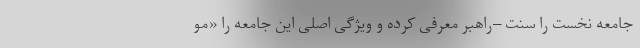
جامعه نخست را سنت –راهبر معرفی کرده و ویژگی اصلی این جامعه را «مو